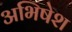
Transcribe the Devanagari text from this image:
अभिषेश